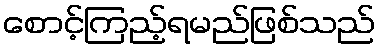
စောင့်ကြည့်ရမည်ဖြစ်သည်